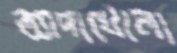
আদাখোলা